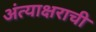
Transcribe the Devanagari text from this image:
अंत्याक्षराची